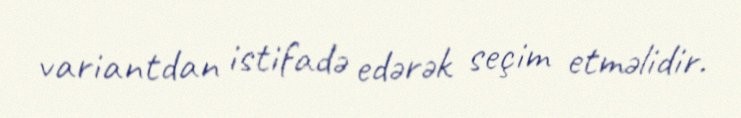
variantdan istifadə edərək seçim etməlidir.